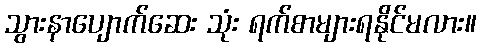
သွားနာပျောက်ဆေး သုံး ရက်စာများရနိုင်မလား။